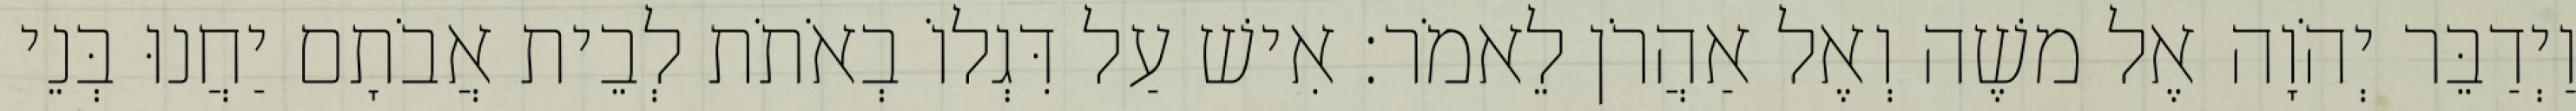
וַיְדַבֵּר יְהֹוָה אֶל משֶׁה וְאֶל אַהֲרֹן לֵאמֹר׃ אִישׁ עַל דִּגְלוֹ בְאֹתֹת לְבֵית אֲבֹתָם יַחֲנוּ בְּנֵי